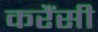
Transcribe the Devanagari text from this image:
करैंसी